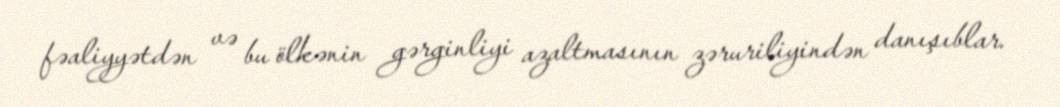
fəaliyyətdən və bu ölkənin gərginliyi azaltmasının zəruriliyindən danışıblar.